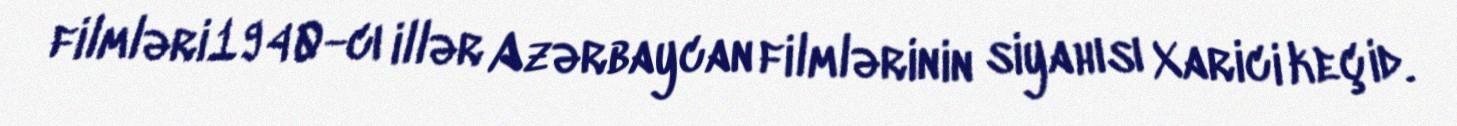
filmləri1940-cı illər Azərbaycan filmlərinin siyahısı Xarici keçid.